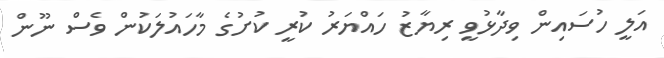
އަލީ ހުސައިން ވިދާޅުވީ ރިޔާޒު ހައްޔަރު ކުރީ ކުށުގެ މާހައުލަކުން ވެސް ނޫން